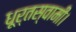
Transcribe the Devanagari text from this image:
धूर्तस्वामी।